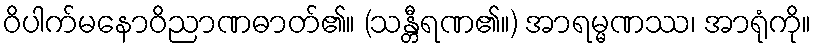
ဝိပါက်မနောဝိညာဏဓာတ်၏။ (သန္တီရဏ၏။) အာရမ္မဏဿ၊ အာရုံကို။